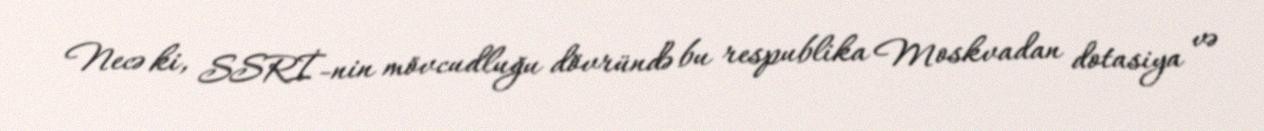
Necə ki, SSRİ-nin mövcudluğu dövründə bu respublika Moskvadan dotasiya və